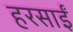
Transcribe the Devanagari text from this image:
हरसाईं